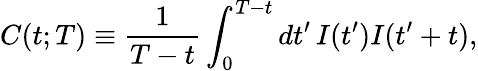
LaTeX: C(t;T)\equiv\frac{1}{T-t}\int_{0}^{T-t}dt^{\prime}\, I(t^{\prime})I(t^{\prime}+t),